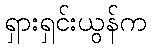
ရှားရှင်းယွန်က